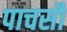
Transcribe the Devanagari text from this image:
पाचसौ